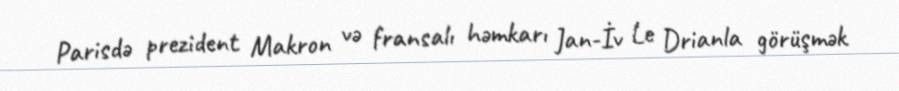
Parisdə prezident Makron və fransalı həmkarı Jan-İv Le Drianla görüşmək